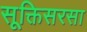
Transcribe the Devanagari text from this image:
सूक्तिसरसा